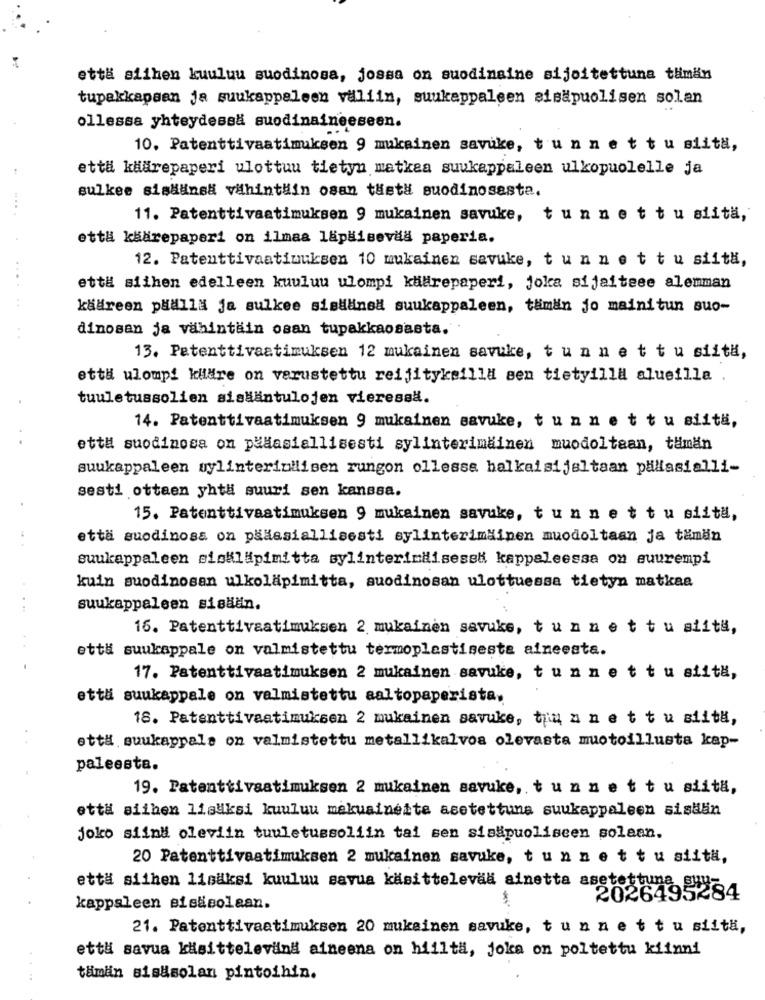
että siihen kuuluu suodinosa, jossa on suodinaine sijoitettuna tiimän
tupakkapaan ja suukappeleen valiin, suukappaleen sisapuolisen solan
ollessa yhteydessä suodinaineeseen.
10. Patenttivaatimuksen 9 mukainen savuke, t'un net tu siita,
että kiärepaperi ulottuu tietyn matkea suukappaleen ulkopuolelle ja
sulkee sisdans# vithinthin osan thet# suodinosaste.
11. Patenttivaatimuksen 9 mukainen savuke, tunnet tu siitä,
ettl käärepaperi on ilmaa lapaisevaa paperia.
12. Patenttivaatinuksen 10 mukainen savuke, t un net tu siitä,
..
että siihen edelleen kuuluu ulompi käihrepaperi, joka sijaitsee alemman
kadireen paalla ja sulkee sistained suukappaleen, tämän jo mainitun suo-
dinosan ja vähintain osan tupakkaosasta."
13. Patenttivaatimuksen 12 mukainen savuke, t un net tu siitä,
ettu ulompi kiläre on verustettu reijitykeilla sen tietyilla alueilla
tuuletussolien sisääntulojen vieressa.
14. Patenttivaatimuksen 9 mukainen savuke, t un net tu siitä,
ettu suodinosa on pääasiallisesti sylinterimäinen muodoltaan, tämän
suukappaleen bylinteriniisen rungon ollesse halkaisijaltaan pälasialli-
sesti ottaen yht# suuri sen kanssa.
15. Patenttivaatimuksen 9 mukainen savuke, t unnet tu siitä,
että suodinosa on pääasiallisesti sylinterimäinen muodoltaan ja tämän
suukappaleen sisäläpimitta sylinterimiisessi kappaleessa on suurempi
kuin suodinosan ulkolapimitta, suodinosan ulottuessa tietyn matkaa
suukappaleen sistan.
16. Patenttivaatimuksen 2 mukainen savuke, tunn ett u siita,
ett# suukappale on valmistettu termoplastiseste aineesta.
17. Patenttivaatimuksen 2 mukainen savuke, t un net tu siitä,
etti suukappale on valmistettu aaltopaperista.
18. Patenttivaatimuksen 2 mukainen savuke, tju an ett u slita,
ett# suukappals on valmistettu metallikalvos olevasta muotoillusta kap-
paleesta.
19. Patenttivaatimuksen 2 mukainen savuke, t u n net tu siitä,
että siihen lisäksi kuuluu mekuaineite asetettuna suukappaleen sistäin
joko siind oleviin tuuletussoliin tai sen sisapuoliseen solaan.
20 Patenttivaatimuksen 2 mukainen savuke, t un net tu siitä,
että siihen lisäksi kuuluu savua käsittelevaa ainetta asetettuna
2026495284
kappaleen eisasolaan.
21. Patenttivaatimuksen 20 mukainen savuke, t un net tu siitä,
ettl savua käsittelevina aineena on hiilta, joka on poltettu kiinni
tamiin sisasolan pintoihin.